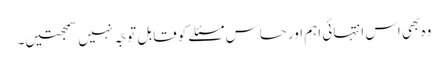
وہ بھی اس انتہائی اہم اور حساس مسئلے کو قابل توجّہ نہیں سمجھتیں۔